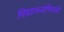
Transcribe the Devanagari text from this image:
विद्यार्थ्यामध्ये